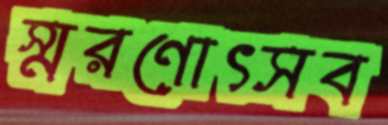
স্মরণোৎসব